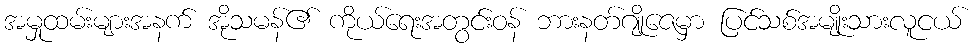
အမှုထမ်းများအနက် အိုသမန်၏ ကိုယ်ရေးအတွင်းဝန် ဘားနတ်ဂျိုဇေမှာ ပြင်သစ်အမျိုးသားလူငယ်